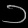
Digit: ၁